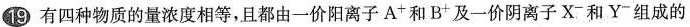
19.有四种物质的量浓度相等，且都由一价阳离子A^{+}和B^{+}及一价阴离子X^{-}和Y^{-}组成的